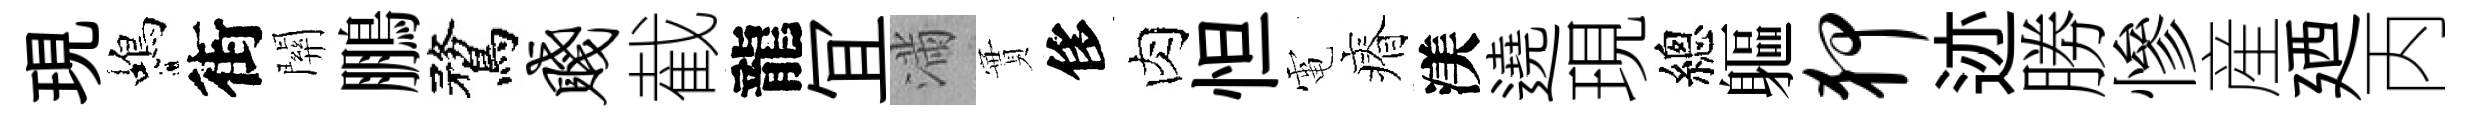
現蝎街關鵬鶩贱截龍冝滿實侈肉怛電瘠渼遶現總軀狎迹勝慘産廼丙